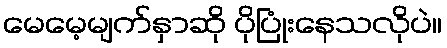
မေမေ့မျက်နှာဆို ပိုပြုံးနေသလိုပဲ။